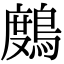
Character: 𪃒